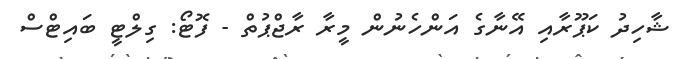
ޝާހިދު ކަޕޫރާއި އޭނާގެ އަންހެނުން މީރާ ރާޖްޕުތް - ފޮޓޯ: ގިލްޓީ ބައިޓްސް